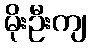
မိုးဦးကျ